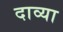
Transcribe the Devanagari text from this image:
दाव्या